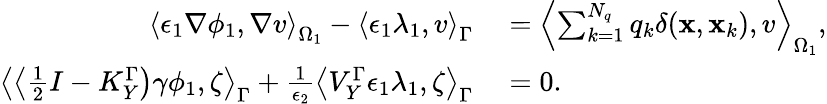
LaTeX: \begin{array}{rl}{\left\langle\epsilon_{1}\nabla\phi_{1},\nabla v\right\rangle_{\Omega_{1}}-\left\langle\epsilon_{1}\lambda_{1},v\right\rangle_{\Gamma}}&{{}=\left\langle\sum_{k=1}^{N_{q}}q_{k}\delta(\mathbf{x},\mathbf{x}_{k}),v\right\rangle_{\Omega_{1}},}\\ {\left\langle\left\langle\frac{1}{2}I-K_{Y}^{\Gamma}\right)\gamma\phi_{1},\zeta\right\rangle_{\Gamma}+\frac{1}{\epsilon_{2}}\left\langle V_{Y}^{\Gamma}\epsilon_{1}\lambda_{1},\zeta\right\rangle_{\Gamma}}&{{}=0.}\end{array}